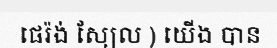
ផេរ៉ង់ ស្យែល ) យើង បាន